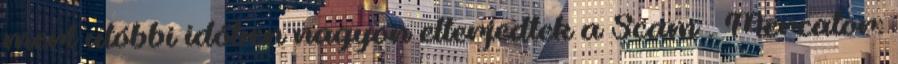
mert utóbbi időben nagyon elterjedtek a Scam . Mercator: